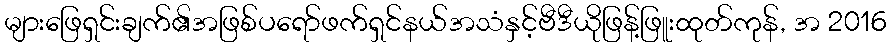
များဖြေရှင်းချက်၏အဖြစ်ပရော်ဖက်ရှင်နယ်အသံနှင့်ဗီဒီယိုဖြန့်ဖြူးထုတ်ကုန်, အ 2016